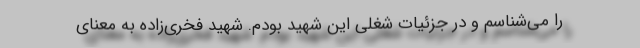
را می‌شناسم و در جزئیات شغلی این شهید بودم. شهید فخری‌زاده به معنای